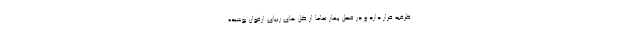
طرقبه قرار دارد و در فصل بهار تماما از گل های زیبای ارغوان پوشیده